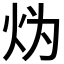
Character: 𱪯